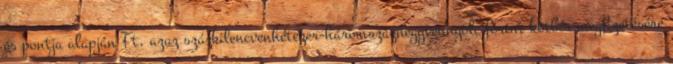
és pontja alapján Ft, azaz százkilencvenhétezer-háromszáznegyvennyolc forint kötbér megfizetésére